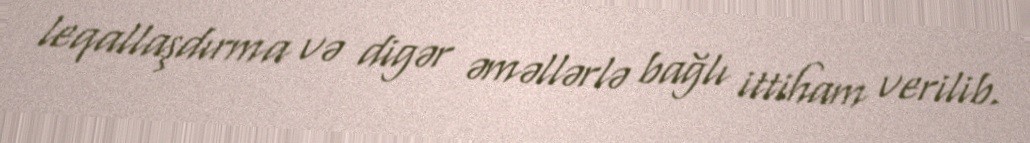
leqallaşdırma və digər əməllərlə bağlı ittiham verilib.